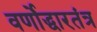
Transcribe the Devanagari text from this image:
वर्णोद्धारतंत्र